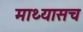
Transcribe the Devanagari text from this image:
माथ्यासच